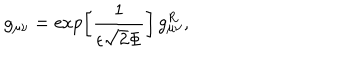
g _ { \mu \nu } = \exp \left[ \frac { 1 } { \epsilon \sqrt { 2 } \Phi } \right] \, g _ { \mu \nu } ^ { R } ,